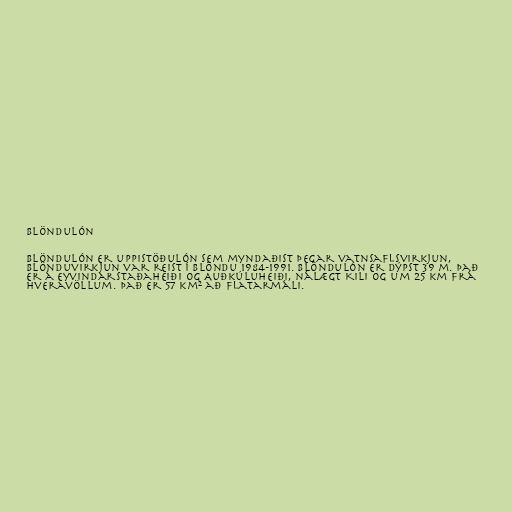
Blöndulón

Blöndulón er uppistöðulón sem myndaðist þegar vatnsaflsvirkjun,
Blönduvirkjun var reist í Blöndu 1984-1991. Blöndulón er dýpst 39 m. Það
er á Eyvindarstaðaheiði og Auðkúluheiði, nálægt Kili og um 25 km frá
Hveravöllum. Það er 57 km² að flatarmáli.